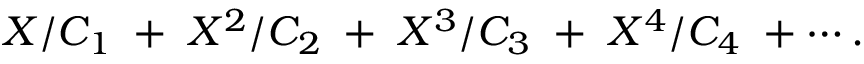
X / C _ { 1 } \; + \; X ^ { 2 } / C _ { 2 } \; + \; X ^ { 3 } / C _ { 3 } \; + \; X ^ { 4 } / C _ { 4 } \; + \cdots .